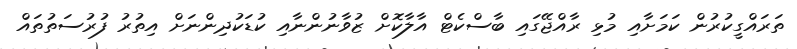
ތަރައްގީކުރުން ކަމަށާއި މުޅި ރާއްޖޭގައި ބާސްކެޓް އާލާކޮށް ޒުވާނުންނާއި ކުޑަކުދިންނަށް އިތުރު ފުރުސަތުތައް